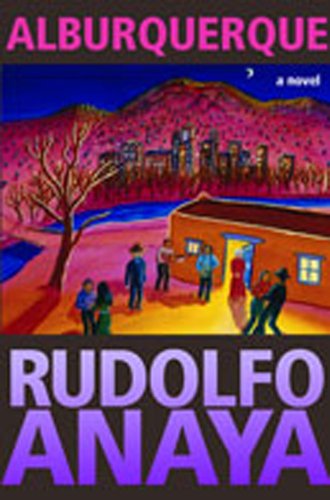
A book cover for Alburquerque: A Novel; Rudolfo Anaya; Literature & Fiction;